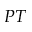
P T